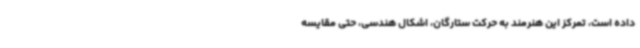
داده است، تمرکز این هنرمند به حرکت ستارگان، اشکال هندسی، حتی مقایسه